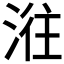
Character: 𣶂